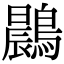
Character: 鷐